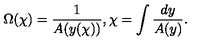
\Omega ( \chi ) = \frac { 1 } { A ( y ( \chi ) ) } , \chi = \int \frac { d y } { A ( y ) } .